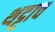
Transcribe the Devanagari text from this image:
थट्टाच